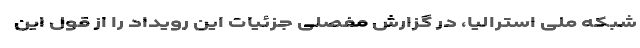
شبکه ملی استرالیا، در گزارش مفصلی جزئیات این رویداد را از قول این